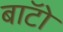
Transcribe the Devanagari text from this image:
बाॅटो